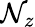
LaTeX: \mathcal{N}_{z}